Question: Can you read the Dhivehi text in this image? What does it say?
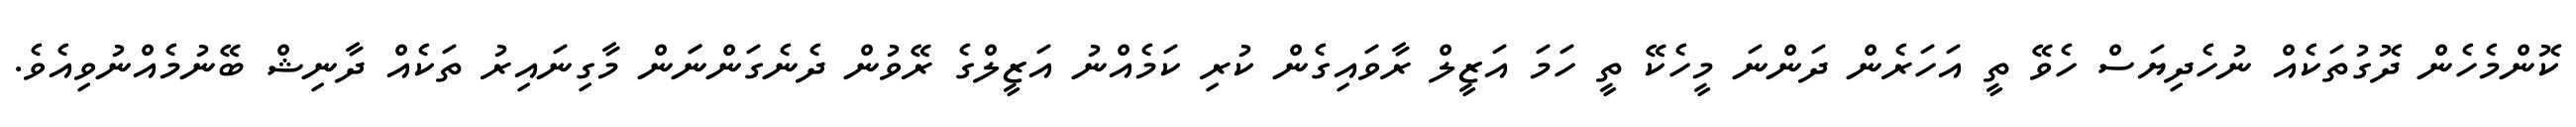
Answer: ކޮންމެހެން ދޮގުތަކެއް ނުހެދިޔަސް ހެވޭ ތީ އަހަރެން ދަންނަ މީހެކޭ ތީ ހަމަ އަޒީލް ރާވައިގެން ކުރި ކަމެއްނު އަޒީލްގެ ރޭވުން ދެނެގަންނަަން މާގިނައިރު ތަކެއް ދާނިޝް ބޭނުމެއްނުވިއެވެ.